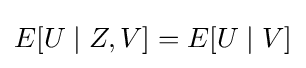
E[U\mid Z,V]=E[U\mid V]